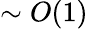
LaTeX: \sim O(1)